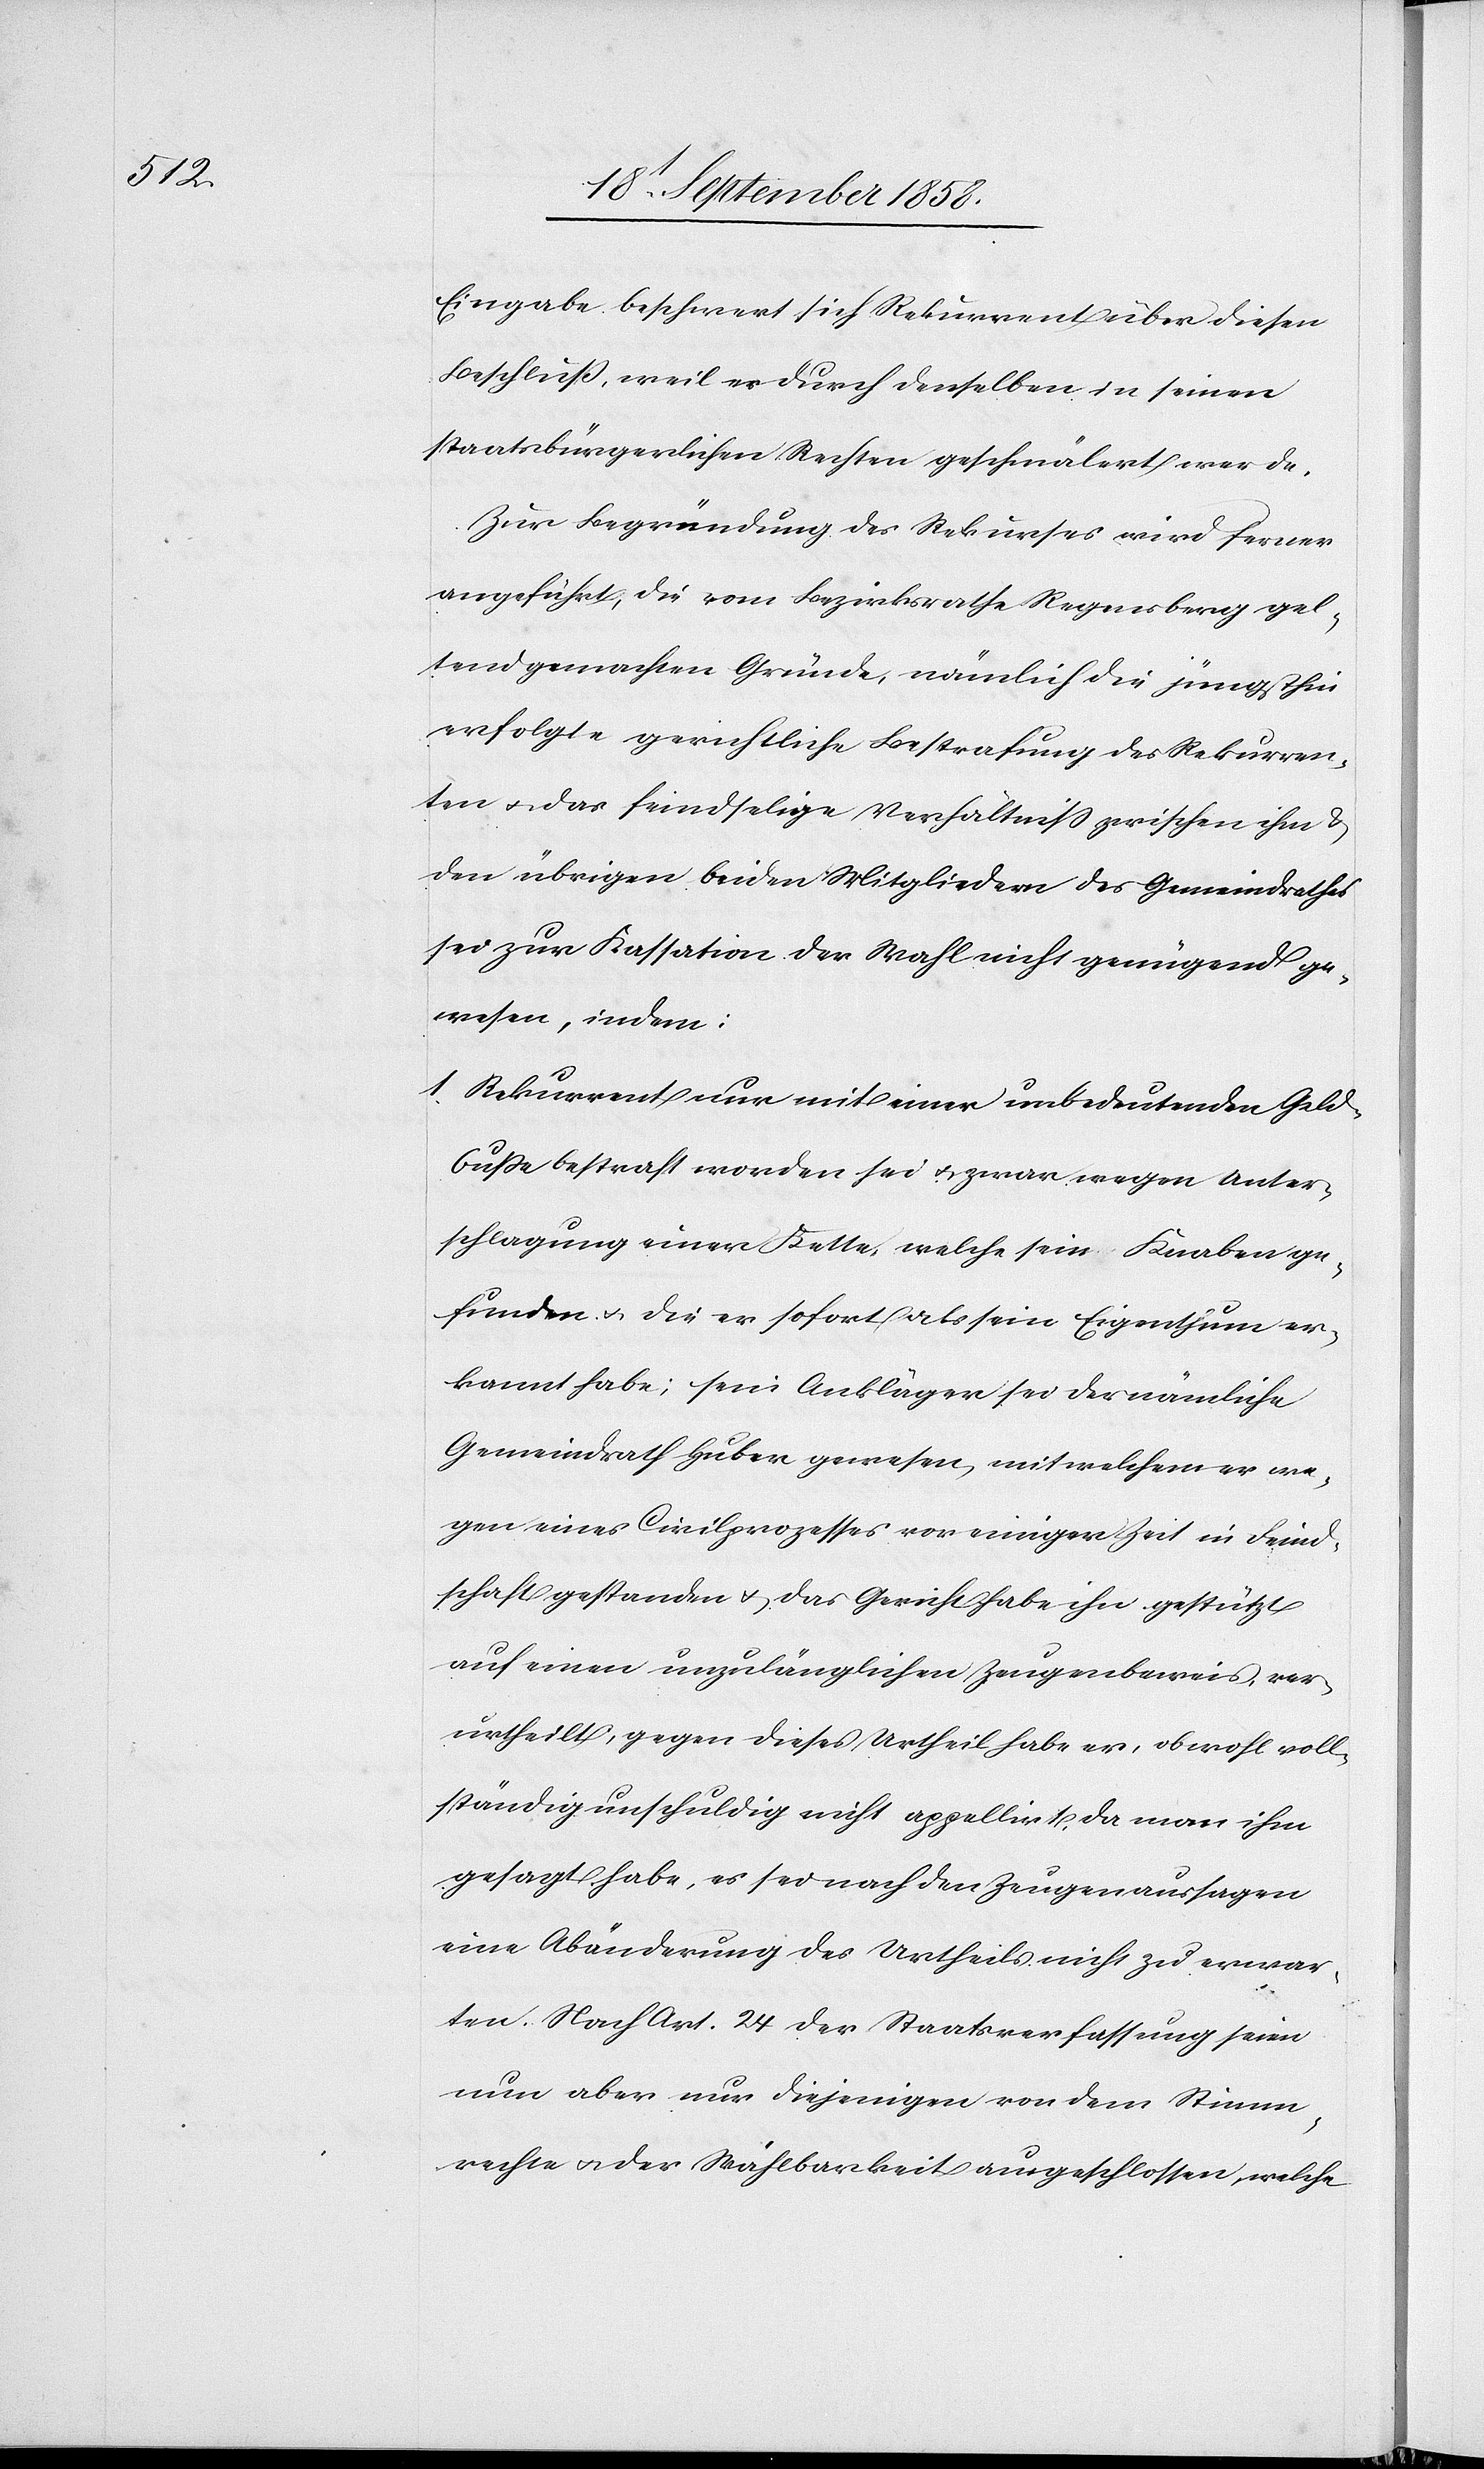
Eingabe beschwert sich Rekurrent über diesen
Beschluß, weil er durch denselben in seinen
staatsbürgerlichen Rechten geschmälert werde.
Zur Begründung des Rekurses wird ferner
angeführt, die vom Bezirksrathe Regensberg gel¬
tend gemachten Gründe, nämlich die jüngsthin
erfolgte gerichtliche Bestrafung des Rekurren¬
ten & das feindselige Verhältniss zwischen ihm &
den übrigen beiden Mitgliedern des Gemeindrathes
sei zur Kassation der Wahl nicht genügend ge¬
wesen, indem:
Rekurrent nur mit einer unbedeutenden Geld¬
buße bestraft worden sei & zwar wegen Unter¬
schlagung einer Kette, welche sein Knaben
gefunden & die er sofort als sein Eigenthum er¬
kannt habe; sein Ankläger sei der nämliche
Gemeindrath Huber gewesen, mit welchem er we¬
gen eines Civilprozesses vor einiger Zeit in Feind¬
schaft gestanden & das Gericht habe ihn gestützt
auf einen unzulänglichen Zeugenbeweis, ver¬
urtheilt; gegen dieses Urtheil habe er, obwohl voll¬
ständig unschuldig nicht appellirt, da man ihm
gesagt habe, es sei nach den Zeugenaussagen
eine Abänderung des Urtheils nicht zu erwar¬
ten. Nach Art. 24 der Staatsverfassung seien
nun aber nur diejenigen von dem Stimm¬
rechte & der Wählbarkeit ausgeschlossen, welche